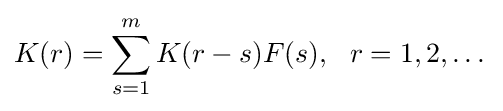
K(r)=\sum _{s=1}^{m}K(r-s)F(s),\,\,\,\,r=1,2,\dots